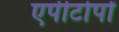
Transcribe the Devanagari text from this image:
एपीटोपों